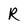
Character: R